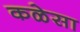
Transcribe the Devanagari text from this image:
कळेसा